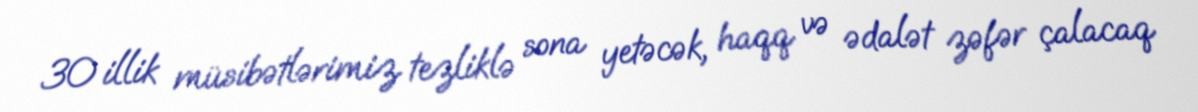
30 illik müsibətlərimiz tezliklə sona yetəcək, haqq və ədalət zəfər çalacaq